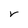
Character: v